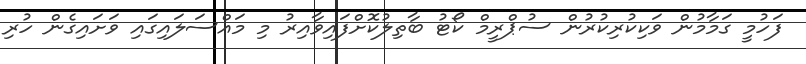
ފަހުމީ ގަމާމުން ވަކިކުރިކުރުން ސުޕްރީމް ކޯޓު ބާތިލުކޮށްފައިވާއިރު މި މައްސަލައިގައި ވަށައިގެން ހުރި